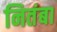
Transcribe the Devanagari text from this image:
नितंबा